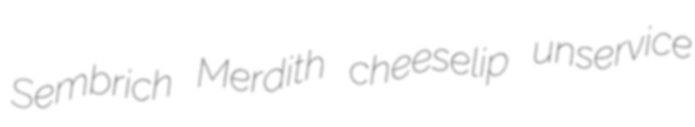
Sembrich Merdith cheeselip unservice